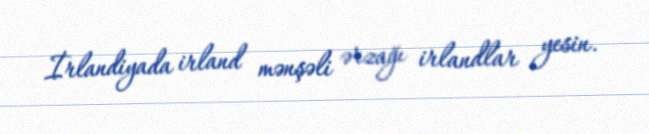
İrlandiyada irland mənşəli ərzağı irlandlar yesin.